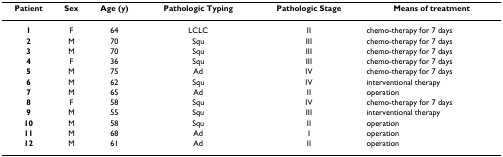
| Patient | Sex | Age (y) | Pathologic Typing | Pathologic Stage | Means of treatment |
 | --- | --- | --- | --- | --- | --- |
 | 1 | F | 64 | LCLC | II | chemo-therapy for 7 days |
 | 2 | M | 70 | Squ | III | chemo-therapy for 7 days |
 | 3 | M | 70 | Squ | III | chemo-therapy for 7 days |
 | 4 | F | 36 | Squ | III | chemo-therapy for 7 days |
 | 5 | M | 75 | Ad | IV | chemo-therapy for 7 days |
 | 6 | M | 62 | Squ | IV | interventional therapy |
 | 7 | M | 65 | Ad | II | operation |
 | 8 | F | 58 | Squ | IV | chemo-therapy for 7 days |
 | 9 | M | 55 | Squ | III | interventional therapy |
 | 10 | M | 58 | Squ | II | operation |
 | 11 | M | 68 | Ad | I | operation |
 | 12 | M | 61 | Ad | II | operation |